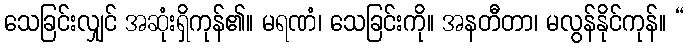
သေခြင်းလျှင် အဆုံးရှိကုန်၏။ မရဏံ၊ သေခြင်းကို။ အနတီတာ၊ မလွန်နိုင်ကုန်။ “